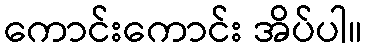
ကောင်းကောင်း အိပ်ပါ။